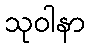
သုဝါနာ